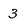
Character: 3